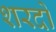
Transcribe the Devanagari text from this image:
शरदो